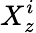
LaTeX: X_{z}^{i}